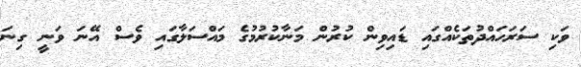
ވަކި ސަރަހައްދުތަކެއްގައި ޑައިވިން ކުރުން މަނާކުރުމުގެ މައްސަލާގައި ވެސް އޭނަ ވަނީ ގިނަ